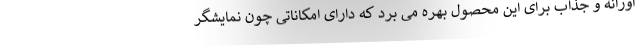
اورانه و جذاب برای این محصول بهره می برد که دارای امکاناتی چون نمایشگر